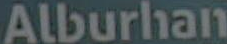
Alburhan